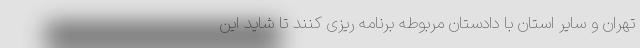
تهران و سایر استان با دادستان مربوطه برنامه ریزی کنند تا شاید این